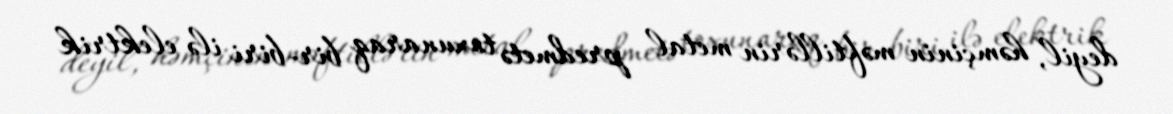
deyil, həmçinin məftillərin metal predmetə toxunaraq bir-biri ilə elektrik